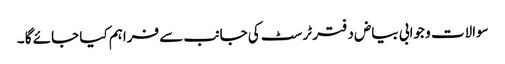
سوالات و جوابی بیاض دفتر ٹرسٹ کی جانب سے فراہم کیا جائے گا ۔